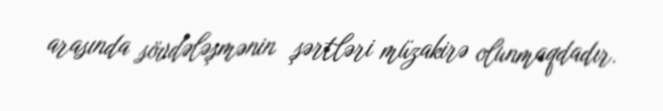
arasında sövdələşmənin şərtləri müzakirə olunmaqdadır.